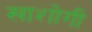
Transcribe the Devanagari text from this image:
खाशोगी